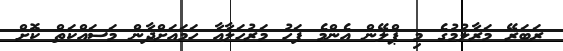
ރަބަޜޭ މަރާލުމުގެ މި ޕްލޭން އެންމެ ފަހު މަރުހަލާއާ ހަމައަށްދާން މަސައްކަތް ކޮށް